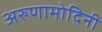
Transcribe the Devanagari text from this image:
अरुणामोदिनी